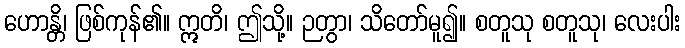
ဟောန္တိ၊ ဖြစ်ကုန်၏။ ဣတိ၊ ဤသို့။ ဉတွာ၊ သိတော်မူ၍။ စတူသု စတူသု၊ လေးပါး